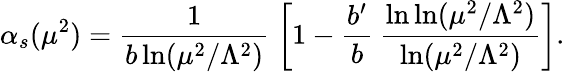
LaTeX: \alpha_{s}(\mu^{2})=\frac{1}{b\ln(\mu^{2}/\Lambda^{2})}\; \left[1-\frac{b^{\prime}}{b}\: \frac{\ln\ln(\mu^{2}/\Lambda^{2})}{\ln(\mu^{2}/\Lambda^{2})}\right].